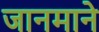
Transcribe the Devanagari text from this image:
जानमाने